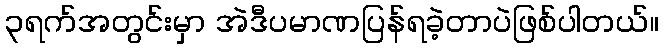
၃ရက်အတွင်းမှာ အဲဒီပမာဏပြန်ရခဲ့တာပဲဖြစ်ပါတယ်။